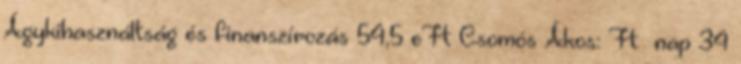
Ágykihasználtság és finanszírozás 54,5 eFt Csomós Ákos: Ft nap 34